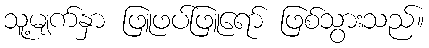
သူ့မျက်နှာ ဖြူဖပ်ဖြူရော် ဖြစ်သွားသည်။